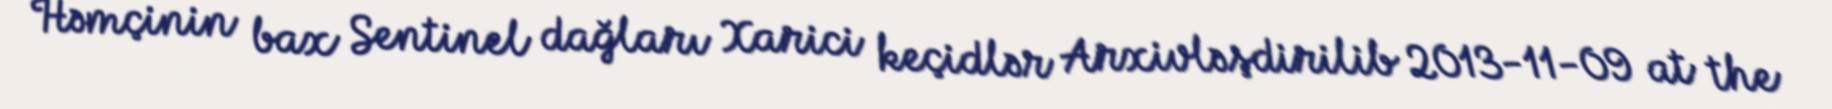
Həmçinin bax Sentinel dağları Xarici keçidlər Arxivləşdirilib 2013-11-09 at the